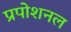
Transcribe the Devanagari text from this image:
प्रपोशनल